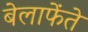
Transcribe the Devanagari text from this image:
बेलाफेंते